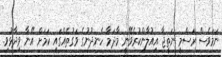
ނަމަވެސް ރަސްމީ ނަތީޖާ އިއުލާންކުރެވޭނީ މާދަމާ ހެނދުނުގެ ވަގުތެއްގައި ކަމަށް އޭނާ ވިދާޅުވި.